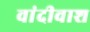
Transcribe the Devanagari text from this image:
वांदीवाश